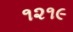
૧૨૧૯